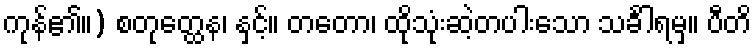
ကုန်၏။) စတုတ္ထေန၊ နှင့်။ တတော၊ ထိုသုံးဆဲ့တပါးသော သင်္ခါရမှ။ ပီတိ